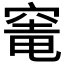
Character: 𮄁